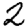
Digit: 2